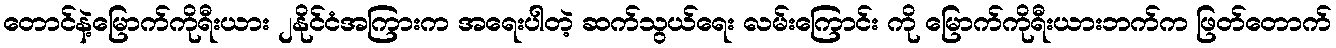
တောင်နဲ့မြောက်ကိုရီးယား ၂နိုင်ငံအကြားက အရေးပါတဲ့ ဆက်သွယ်ရေး လမ်းကြောင်း ကို မြောက်ကိုရီးယားဘက်က ဖြတ်တောက်